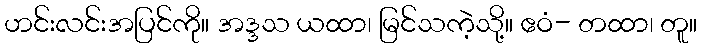
ဟင်းလင်းအပြင်ကို။ အဒ္ဒသ ယထာ၊ မြင်သကဲ့သို့။ ဧဝံ- တထာ၊ တူ။